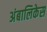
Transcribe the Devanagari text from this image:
अंबालिकेस